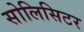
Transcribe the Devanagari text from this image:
सोलिसिटर